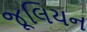
જૂલિયન